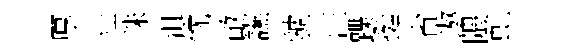
厚壮珠沮忱畝讌虢汪蹀挺省遨隈虬